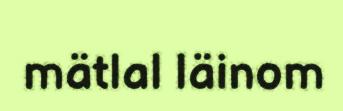
mätlal läinom